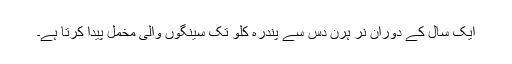
ایک سال کے دوران نر ہرن دس سے پندرہ کلو تک سینگوں والی مخمل پیدا کرتا ہے۔